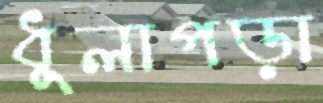
ধুলাপড়া